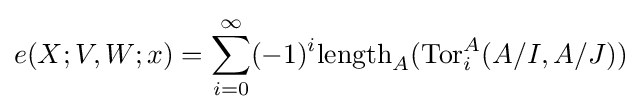
e(X;V,W;x)=\sum _{i=0}^{\infty }(-1)^{i}\mathrm {length} _{A}(\operatorname {Tor} _{i}^{A}(A/I,A/J))